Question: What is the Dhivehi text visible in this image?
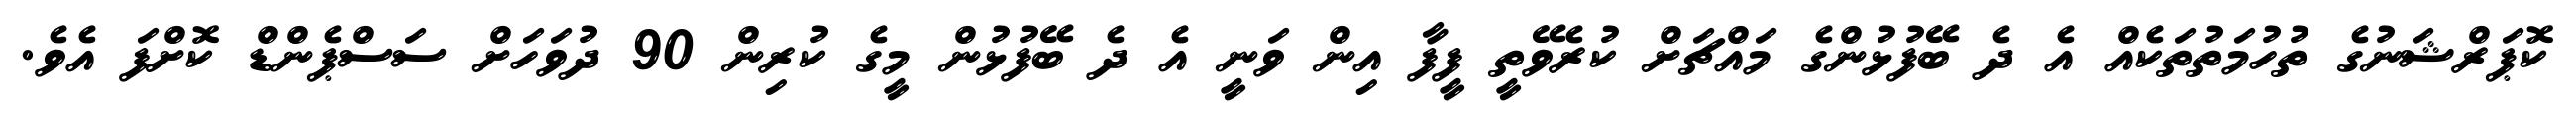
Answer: ކޮޕަރްޝަނުގެ ތުހުމަތުތަކެއް އެ ދެ ބޭފުޅުންގެ މައްޗަށް ކުރެވޭތީ ފީފާ އިން ވަނީ އެ ދެ ބޭފުޅުން މީގެ ކުރިން 90 ދުވަހަށް ސަސްޕެންޑް ކޮށްފަ އެވެ.